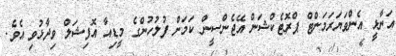
އަނާޅީ އެންވަޔަރަމަންޓް ޕްރޮޓެކްޝަން އޭޖެންސީން ކަމަށް ފުލުހުންގެ މީޑިއާ އޮފިޝަލް ވިދާޅުވި އެވެ.